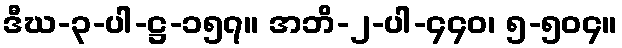
ဒီဃ-၃-ပါ-ဋ္ဌ-၁၅၇။ အဘိ-၂-ပါ-၄၄၀၊ ၅-၅၀၄။